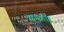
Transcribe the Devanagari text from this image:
आयगॉर